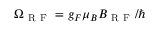
\Omega _ { \mathrm { ~ R ~ F ~ } } = g _ { F } \mu _ { B } B _ { \mathrm { ~ R ~ F ~ } } / \hbar